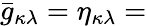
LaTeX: {\bar{g}}_{\kappa\lambda}=\eta_{\kappa\lambda}=